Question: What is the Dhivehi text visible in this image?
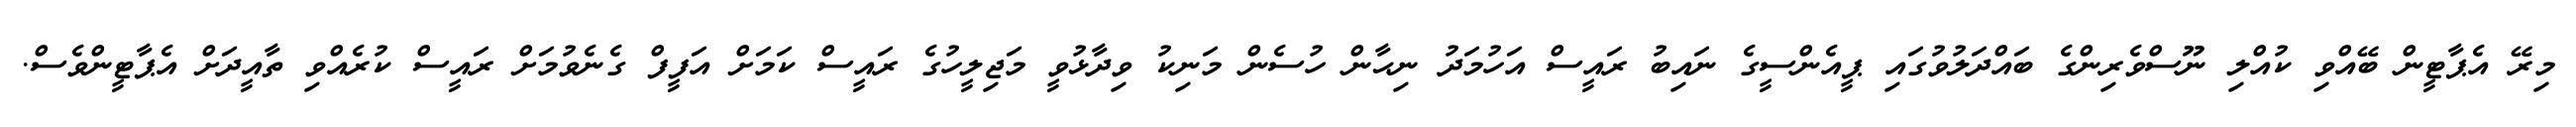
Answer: މިރޭ އެޕާޓީން ބޭއްވި ކުއްލި ނޫސްވެރިންގެ ބައްދަލުވުގައި ޕީއެންސީގެ ނައިބު ރައީސް އަހުމަދު ނިޙާން ހުސެން މަނިކު ވިދާޅުވީ މަޖިލީހުގެ ރައީސް ކަމަށް އަފީފް ގެނެވުމަށް ރައީސް ކުރެއްވި ތާއީދަށް އެޕާޓީންވެސް.